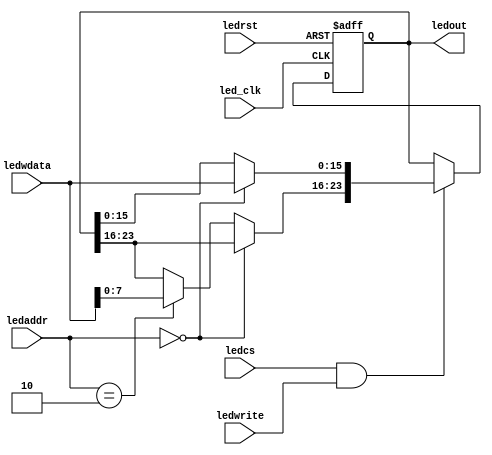
`timescale 1ns / 1ps
//////////////////////////////////////////////////////////////////////////////////

module leds (
    input			ledrst,		// 
    input			led_clk,	// 
    input			ledwrite,	// 
    input			ledcs,		// memorioLED   !!!!!!!!!!!!!!!!!
    input	[1:0]	ledaddr,	// LED  !!!!!!!!!!!!!!!!!!!!
    input	[15:0]	ledwdata,	// LED16
    output reg[23:0]ledout		// 24LED
);
    
    always@(posedge led_clk or posedge ledrst) begin
        if(ledrst)
            ledout=24'h000000;
        else if(ledcs&&ledwrite) begin
            if(ledaddr==2'b00)  // 0xFFFFC60,248GLD,8YLD
                ledout[15:0]=ledwdata;
            else if(ledaddr==2'b10) // 0xFFFFC62,248RLD
                ledout[23:16]=ledwdata[7:0];
        end
    end
endmodule